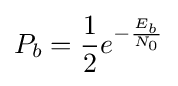
P_{b}={\frac {1}{2}}e^{-{\frac {E_{b}}{N_{0}}}}